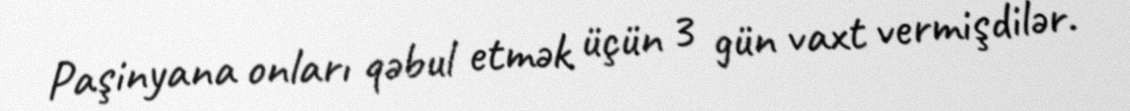
Paşinyana onları qəbul etmək üçün 3 gün vaxt vermişdilər.